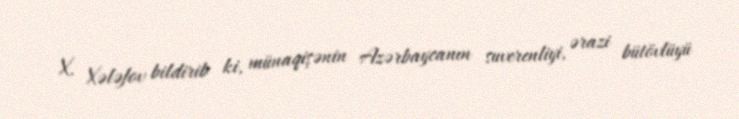
X. Xələfov bildirib ki, münaqişənin Azərbaycanın suverenliyi, ərazi bütövlüyü